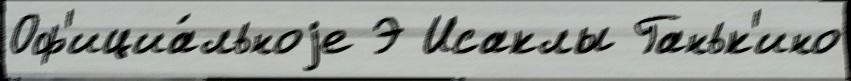
Оф'ициа́льноjе Э Исаклы Ганьк'ино